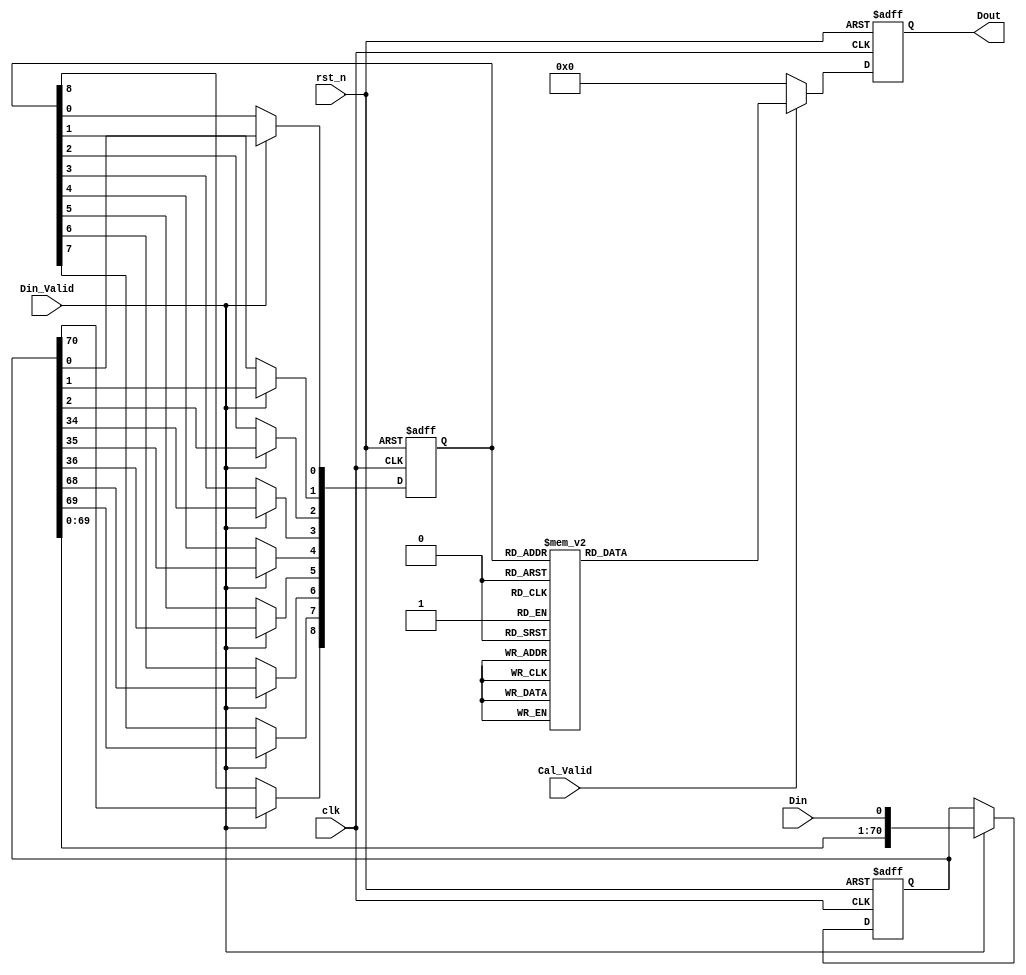
module First_CNN_0(
clk,
rst_n,
Din_Valid,
Cal_Valid,
Din,
Dout
);

input clk;
input rst_n;
input Din_Valid;
input Cal_Valid;
input Din; // 1-bit 
output reg signed [7:0] Dout; // 

reg [70:0] line_buffer; // 34*34 
reg [8:0] window_buffer; // 3*3         

    // Data Buffer
    always @ (posedge clk or negedge rst_n) begin
        if (!rst_n)
            begin
                line_buffer   <= 71'd0;
                window_buffer <= 4'b0000;
            end
        else begin
            if(Din_Valid) begin
                line_buffer      <= {line_buffer[69:0],Din};
                window_buffer[8] <= line_buffer[70];
                window_buffer[7] <= line_buffer[69];
                window_buffer[6] <= line_buffer[68];
                window_buffer[5] <= line_buffer[36];
                window_buffer[4] <= line_buffer[35];
                window_buffer[3] <= line_buffer[34];
                window_buffer[2] <= line_buffer[2];
                window_buffer[1] <= line_buffer[1];
                window_buffer[0] <= line_buffer[0];
            end
            else begin
            line_buffer   <= line_buffer;
            window_buffer <= window_buffer;
            end  
        end
    end

    always @(posedge clk or negedge rst_n) begin
        if (!rst_n)
            Dout <= 8'b00000000;
        else begin
            if(Cal_Valid) begin
            case(window_buffer)
                9'b000000000:Dout<=8'd36;
                9'b101000110:Dout<=8'd36;
                9'b111111100:Dout<=8'd36;
                9'b000000001:Dout<=8'd24;
                9'b001100110:Dout<=8'd24;
                9'b101000111:Dout<=8'd24;
                9'b111111101:Dout<=8'd24;
                9'b000000010:Dout<=8'd14;
                9'b010111000:Dout<=8'd14;
                9'b110011001:Dout<=8'd14;
                9'b111111110:Dout<=8'd14;
                9'b000000011:Dout<=8'd2;
                9'b010111001:Dout<=8'd2;
                9'b111111111:Dout<=8'd2;
                9'b000000100:Dout<=8'd35;
                9'b000001010:Dout<=8'd35;
                9'b001100001:Dout<=8'd35;
                9'b111010010:Dout<=8'd35;
                9'b000000101:Dout<=8'd23;
                9'b000001011:Dout<=8'd23;
                9'b011110010:Dout<=8'd23;
                9'b111010011:Dout<=8'd23;
                9'b111100000:Dout<=8'd23;
                9'b000000110:Dout<=8'd13;
                9'b001100011:Dout<=8'd13;
                9'b010111100:Dout<=8'd13;
                9'b110011101:Dout<=8'd13;
                9'b000000111:Dout<=8'd1;
                9'b010111101:Dout<=8'd1;
                9'b111100010:Dout<=8'd1;
                9'b000001000:Dout<=8'd56;
                9'b101001110:Dout<=8'd56;
                9'b111010000:Dout<=8'd56;
                9'b000001001:Dout<=8'd45;
                9'b001101110:Dout<=8'd45;
                9'b011110000:Dout<=8'd45;
                9'b101001111:Dout<=8'd45;
                9'b111010001:Dout<=8'd45;
                9'b000001100:Dout<=8'd56;
                9'b001101001:Dout<=8'd56;
                9'b111010100:Dout<=8'd56;
                9'b111011010:Dout<=8'd56;
                9'b000001101:Dout<=8'd44;
                9'b011110100:Dout<=8'd44;
                9'b011111010:Dout<=8'd44;
                9'b111010101:Dout<=8'd44;
                9'b111011011:Dout<=8'd44;
                9'b111101000:Dout<=8'd44;
                9'b000001110:Dout<=8'd34;
                9'b001100101:Dout<=8'd34;
                9'b001101011:Dout<=8'd34;
                9'b010010000:Dout<=8'd34;
                9'b111010110:Dout<=8'd34;
                9'b000001111:Dout<=8'd22;
                9'b010010001:Dout<=8'd22;
                9'b011110110:Dout<=8'd22;
                9'b111010111:Dout<=8'd22;
                9'b111100100:Dout<=8'd22;
                9'b111101010:Dout<=8'd22;
                9'b000010000:Dout<=8'd28;
                9'b010000001:Dout<=8'd28;
                9'b011100110:Dout<=8'd28;
                9'b101010110:Dout<=8'd28;
                9'b111000111:Dout<=8'd28;
                9'b000010001:Dout<=8'd17;
                9'b001110110:Dout<=8'd17;
                9'b011100111:Dout<=8'd17;
                9'b101010111:Dout<=8'd17;
                9'b101100100:Dout<=8'd17;
                9'b101101010:Dout<=8'd17;
                9'b000010010:Dout<=8'd7;
                9'b010000011:Dout<=8'd7;
                9'b100000000:Dout<=8'd7;
                9'b000010100:Dout<=8'd28;
                9'b000011010:Dout<=8'd28;
                9'b001110001:Dout<=8'd28;
                9'b010000101:Dout<=8'd28;
                9'b010001011:Dout<=8'd28;
                9'b100001000:Dout<=8'd28;
                9'b000010101:Dout<=8'd16;
                9'b000011011:Dout<=8'd16;
                9'b000101000:Dout<=8'd16;
                9'b100001001:Dout<=8'd16;
                9'b101101110:Dout<=8'd16;
                9'b111110000:Dout<=8'd16;
                9'b000010110:Dout<=8'd6;
                9'b001110011:Dout<=8'd6;
                9'b010000111:Dout<=8'd6;
                9'b100000100:Dout<=8'd6;
                9'b100001010:Dout<=8'd6;
                9'b101100001:Dout<=8'd6;
                9'b000011000:Dout<=8'd50;
                9'b010001001:Dout<=8'd50;
                9'b011101110:Dout<=8'd50;
                9'b101011110:Dout<=8'd50;
                9'b111001111:Dout<=8'd50;
                9'b000011001:Dout<=8'd38;
                9'b001111110:Dout<=8'd38;
                9'b011101111:Dout<=8'd38;
                9'b101011111:Dout<=8'd38;
                9'b101101100:Dout<=8'd38;
                9'b000011100:Dout<=8'd49;
                9'b001111001:Dout<=8'd49;
                9'b010001101:Dout<=8'd49;
                9'b000011101:Dout<=8'd37;
                9'b101000010:Dout<=8'd37;
                9'b111111000:Dout<=8'd37;
                9'b000011110:Dout<=8'd27;
                9'b001110101:Dout<=8'd27;
                9'b001111011:Dout<=8'd27;
                9'b010001111:Dout<=8'd27;
                9'b100001100:Dout<=8'd27;
                9'b101101001:Dout<=8'd27;
                9'b000011111:Dout<=8'd15;
                9'b000101100:Dout<=8'd15;
                9'b100001101:Dout<=8'd15;
                9'b111110100:Dout<=8'd15;
                9'b111111010:Dout<=8'd15;
                9'b000101001:Dout<=8'd4;
                9'b101101111:Dout<=8'd4;
                9'b110010100:Dout<=8'd4;
                9'b110011010:Dout<=8'd4;
                9'b111110001:Dout<=8'd4;
                9'b000101101:Dout<=8'd3;
                9'b110011110:Dout<=8'd3;
                9'b111110101:Dout<=8'd3;
                9'b111111011:Dout<=8'd3;
                9'b000111000:Dout<=8'd9;
                9'b010101001:Dout<=8'd9;
                9'b100011001:Dout<=8'd9;
                9'b101111110:Dout<=8'd9;
                9'b111101111:Dout<=8'd9;
                9'b000111100:Dout<=8'd8;
                9'b010101101:Dout<=8'd8;
                9'b100011101:Dout<=8'd8;
                9'b001000000:Dout<=8'd88;
                9'b001000001:Dout<=8'd76;
                9'b001000010:Dout<=8'd66;
                9'b011111000:Dout<=8'd66;
                9'b111011001:Dout<=8'd66;
                9'b001000011:Dout<=8'd54;
                9'b010011100:Dout<=8'd54;
                9'b011111001:Dout<=8'd54;
                9'b001000100:Dout<=8'd87;
                9'b001001010:Dout<=8'd87;
                9'b001000101:Dout<=8'd75;
                9'b001001011:Dout<=8'd75;
                9'b001000110:Dout<=8'd65;
                9'b011111100:Dout<=8'd65;
                9'b111011101:Dout<=8'd65;
                9'b001000111:Dout<=8'd53;
                9'b011111101:Dout<=8'd53;
                9'b001001000:Dout<=8'd109;
                9'b001001001:Dout<=8'd97;
                9'b001001100:Dout<=8'd108;
                9'b001001101:Dout<=8'd96;
                9'b001001110:Dout<=8'd86;
                9'b011010000:Dout<=8'd86;
                9'b001001111:Dout<=8'd74;
                9'b011010001:Dout<=8'd74;
                9'b001010000:Dout<=8'd81;
                9'b011000001:Dout<=8'd81;
                9'b001010001:Dout<=8'd69;
                9'b001010010:Dout<=8'd59;
                9'b011000011:Dout<=8'd59;
                9'b101000000:Dout<=8'd59;
                9'b001010011:Dout<=8'd47;
                9'b001100000:Dout<=8'd47;
                9'b101000001:Dout<=8'd47;
                9'b001010100:Dout<=8'd80;
                9'b001011010:Dout<=8'd80;
                9'b011000101:Dout<=8'd80;
                9'b011001011:Dout<=8'd80;
                9'b101001000:Dout<=8'd80;
                9'b001010101:Dout<=8'd68;
                9'b001011011:Dout<=8'd68;
                9'b001101000:Dout<=8'd68;
                9'b101001001:Dout<=8'd68;
                9'b001010110:Dout<=8'd57;
                9'b011000111:Dout<=8'd57;
                9'b101000100:Dout<=8'd57;
                9'b101001010:Dout<=8'd57;
                9'b001010111:Dout<=8'd46;
                9'b001100100:Dout<=8'd46;
                9'b001101010:Dout<=8'd46;
                9'b101000101:Dout<=8'd46;
                9'b101001011:Dout<=8'd46;
                9'b001011000:Dout<=8'd102;
                9'b011001001:Dout<=8'd102;
                9'b001011001:Dout<=8'd90;
                9'b001011100:Dout<=8'd101;
                9'b011001101:Dout<=8'd101;
                9'b001011101:Dout<=8'd89;
                9'b001011110:Dout<=8'd79;
                9'b011001111:Dout<=8'd79;
                9'b101001100:Dout<=8'd79;
                9'b001011111:Dout<=8'd67;
                9'b001101100:Dout<=8'd67;
                9'b101001101:Dout<=8'd67;
                9'b001100010:Dout<=8'd25;
                9'b101000011:Dout<=8'd25;
                9'b110011100:Dout<=8'd25;
                9'b111111001:Dout<=8'd25;
                9'b001100111:Dout<=8'd12;
                9'b010010010:Dout<=8'd12;
                9'b110000000:Dout<=8'd12;
                9'b001101101:Dout<=8'd55;
                9'b010011000:Dout<=8'd55;
                9'b111011110:Dout<=8'd55;
                9'b001101111:Dout<=8'd33;
                9'b010010100:Dout<=8'd33;
                9'b010011010:Dout<=8'd33;
                9'b011110001:Dout<=8'd33;
                9'b110001000:Dout<=8'd33;
                9'b001110000:Dout<=8'd40;
                9'b010000100:Dout<=8'd40;
                9'b010001010:Dout<=8'd40;
                9'b011100001:Dout<=8'd40;
                9'b101010001:Dout<=8'd40;
                9'b001110010:Dout<=8'd18;
                9'b010000110:Dout<=8'd18;
                9'b011100011:Dout<=8'd18;
                9'b101010011:Dout<=8'd18;
                9'b101100000:Dout<=8'd18;
                9'b001110100:Dout<=8'd39;
                9'b001111010:Dout<=8'd39;
                9'b010001110:Dout<=8'd39;
                9'b011100101:Dout<=8'd39;
                9'b011101011:Dout<=8'd39;
                9'b101010101:Dout<=8'd39;
                9'b101011011:Dout<=8'd39;
                9'b101101000:Dout<=8'd39;
                9'b001110111:Dout<=8'd5;
                9'b100001110:Dout<=8'd5;
                9'b101100101:Dout<=8'd5;
                9'b101101011:Dout<=8'd5;
                9'b110010000:Dout<=8'd5;
                9'b001111000:Dout<=8'd61;
                9'b010001100:Dout<=8'd61;
                9'b011101001:Dout<=8'd61;
                9'b101011001:Dout<=8'd61;
                9'b001111100:Dout<=8'd60;
                9'b011101101:Dout<=8'd60;
                9'b101011101:Dout<=8'd60;
                9'b001111101:Dout<=8'd48;
                9'b001111111:Dout<=8'd26;
                9'b101101101:Dout<=8'd26;
                9'b110011000:Dout<=8'd26;
                9'b010000000:Dout<=8'd41;
                9'b111000110:Dout<=8'd41;
                9'b010000010:Dout<=8'd19;
                9'b101111101:Dout<=8'd19;
                9'b010001000:Dout<=8'd62;
                9'b111001110:Dout<=8'd62;
                9'b010010101:Dout<=8'd21;
                9'b010011011:Dout<=8'd21;
                9'b010101000:Dout<=8'd21;
                9'b100011000:Dout<=8'd21;
                9'b110001001:Dout<=8'd21;
                9'b111101110:Dout<=8'd21;
                9'b010010110:Dout<=8'd11;
                9'b011110011:Dout<=8'd11;
                9'b101110000:Dout<=8'd11;
                9'b110000100:Dout<=8'd11;
                9'b110001010:Dout<=8'd11;
                9'b111100001:Dout<=8'd11;
                9'b010011001:Dout<=8'd43;
                9'b011111110:Dout<=8'd43;
                9'b111011111:Dout<=8'd43;
                9'b111101100:Dout<=8'd43;
                9'b010011101:Dout<=8'd42;
                9'b111000010:Dout<=8'd42;
                9'b010011110:Dout<=8'd32;
                9'b011110101:Dout<=8'd32;
                9'b011111011:Dout<=8'd32;
                9'b101111000:Dout<=8'd32;
                9'b110001100:Dout<=8'd32;
                9'b111101001:Dout<=8'd32;
                9'b010011111:Dout<=8'd20;
                9'b010101100:Dout<=8'd20;
                9'b100011100:Dout<=8'd20;
                9'b101111001:Dout<=8'd20;
                9'b110001101:Dout<=8'd20;
                9'b011000000:Dout<=8'd93;
                9'b011000010:Dout<=8'd71;
                9'b011000100:Dout<=8'd92;
                9'b011001010:Dout<=8'd92;
                9'b011000110:Dout<=8'd70;
                9'b011001000:Dout<=8'd113;
                9'b011001100:Dout<=8'd112;
                9'b011001110:Dout<=8'd91;
                9'b011010010:Dout<=8'd64;
                9'b111000000:Dout<=8'd64;
                9'b011010011:Dout<=8'd52;
                9'b011100000:Dout<=8'd52;
                9'b101010000:Dout<=8'd52;
                9'b111000001:Dout<=8'd52;
                9'b011010100:Dout<=8'd85;
                9'b011011010:Dout<=8'd85;
                9'b111001000:Dout<=8'd85;
                9'b011010101:Dout<=8'd73;
                9'b011011011:Dout<=8'd73;
                9'b011101000:Dout<=8'd73;
                9'b101011000:Dout<=8'd73;
                9'b111001001:Dout<=8'd73;
                9'b011010110:Dout<=8'd63;
                9'b111000100:Dout<=8'd63;
                9'b111001010:Dout<=8'd63;
                9'b011010111:Dout<=8'd51;
                9'b011100100:Dout<=8'd51;
                9'b011101010:Dout<=8'd51;
                9'b101010100:Dout<=8'd51;
                9'b101011010:Dout<=8'd51;
                9'b111000101:Dout<=8'd51;
                9'b111001011:Dout<=8'd51;
                9'b011011000:Dout<=8'd107;
                9'b011011001:Dout<=8'd95;
                9'b011011100:Dout<=8'd106;
                9'b011011101:Dout<=8'd94;
                9'b011011110:Dout<=8'd84;
                9'b111001100:Dout<=8'd84;
                9'b011011111:Dout<=8'd72;
                9'b011101100:Dout<=8'd72;
                9'b101011100:Dout<=8'd72;
                9'b111001101:Dout<=8'd72;
                9'b011100010:Dout<=8'd30;
                9'b101010010:Dout<=8'd30;
                9'b111000011:Dout<=8'd30;
                9'b011110111:Dout<=8'd10;
                9'b101110100:Dout<=8'd10;
                9'b101111010:Dout<=8'd10;
                9'b110001110:Dout<=8'd10;
                9'b111100101:Dout<=8'd10;
                9'b111101011:Dout<=8'd10;
                9'b011111111:Dout<=8'd31;
                9'b101111100:Dout<=8'd31;
                9'b111101101:Dout<=8'd31;
                9'b111011000:Dout<=8'd78; 
                default:     Dout<=8'd0;
            endcase
            end
            else
                Dout<=8'd0;
        end
    end
endmodule